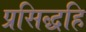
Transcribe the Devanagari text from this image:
प्रसिद्धहि